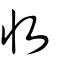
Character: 收